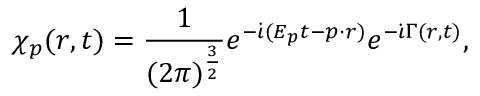
\chi _ { \boldsymbol { p } } ( \boldsymbol { r } , t ) = \frac { 1 } { ( 2 \pi ) ^ { \frac { 3 } { 2 } } } e ^ { - \dot { \iota } ( E _ { \boldsymbol { p } } t - \boldsymbol { p \cdot r } ) } e ^ { - \dot { \iota } \Gamma ( \boldsymbol { r } , t ) } ,